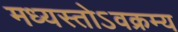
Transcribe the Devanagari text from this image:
मध्यस्तोऽवक्रम्य